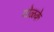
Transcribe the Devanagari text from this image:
पोळके